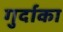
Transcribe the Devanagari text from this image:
गुर्दाका